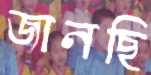
জানছি